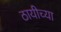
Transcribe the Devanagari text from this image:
ठायीच्या